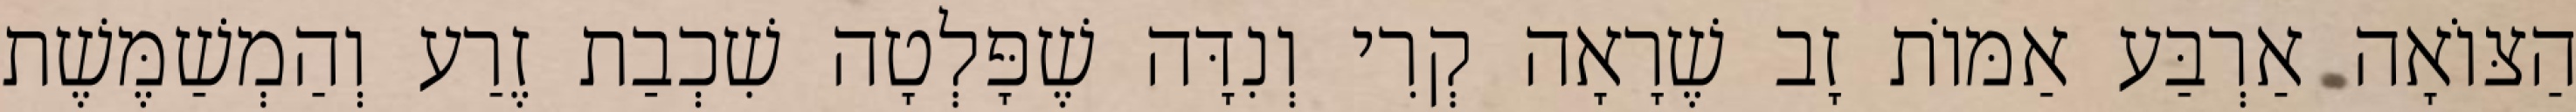
הַצּוֹאָה אַרְבַּע אַמּוֹת זָב שֶׁרָאָה קְרִי וְנִדָּה שֶׁפָּלְטָה שִׁכְבַת זֶרַע וְהַמְשַׁמֶּשֶׁת